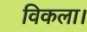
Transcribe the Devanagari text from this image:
विकला।